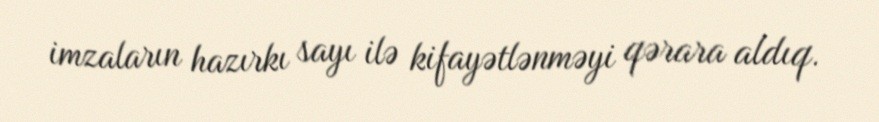
imzaların hazırkı sayı ilə kifayətlənməyi qərara aldıq.